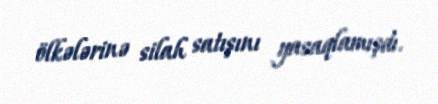
ölkələrinə silah satışını yasaqlamışdı.